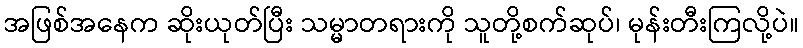
အဖြစ်အနေက ဆိုးယုတ်ပြီး သမ္မာတရားကို သူတို့စက်ဆုပ်၊ မုန်းတီးကြလို့ပဲ။